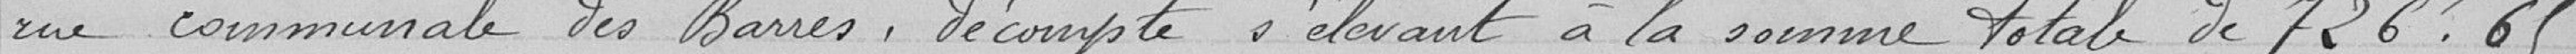
rue communale des Barres, décompte s’élevant à la somme totale de 726F69